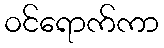
ဝင်ရောက်ကာ